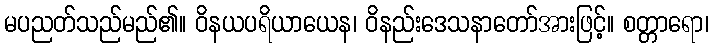
မပညတ်သည်မည်၏။ ဝိနယပရိယာယေန၊ ဝိနည်းဒေသနာတော်အားဖြင့်။ စတ္တာရော၊